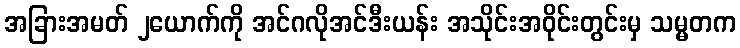
အခြားအမတ် ၂ယောက်ကို အင်ဂလိုအင်ဒီးယန်း အသိုင်းအဝိုင်းတွင်းမှ သမ္မတက